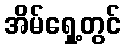
အိမ်ရှေ့တွင်